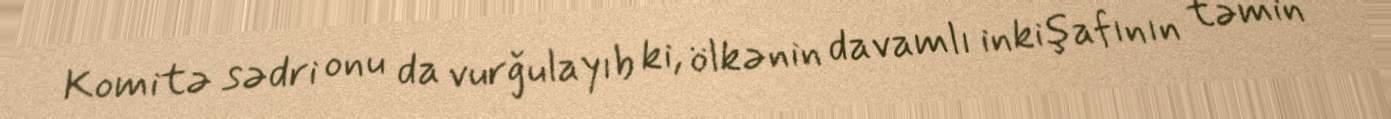
Komitə sədri onu da vurğulayıb ki, ölkənin davamlı inkişafının təmin